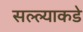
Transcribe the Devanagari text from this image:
सल्ल्याकडे